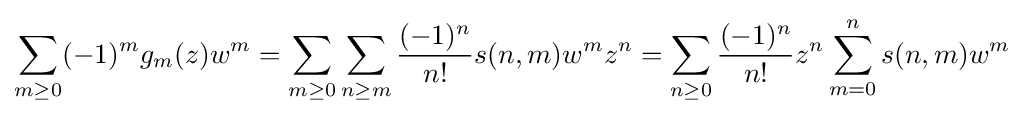
\sum _{m\geq 0}(-1)^{m}g_{m}(z)w^{m}=\sum _{m\geq 0}\sum _{n\geq m}{\frac {(-1)^{n}}{n!}}s(n,m)w^{m}z^{n}=\sum _{n\geq 0}{\frac {(-1)^{n}}{n!}}z^{n}\sum _{m=0}^{n}s(n,m)w^{m}